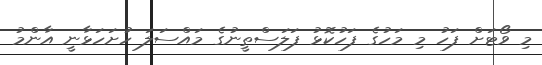
މި ވޯޓަށް ފަހު މި މަހުގެ ފަހުކޮޅު ފަލަސްތީނުގެ މައްސަލަ ހުށަހަޅާނީ އާންމު